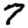
Digit: 7